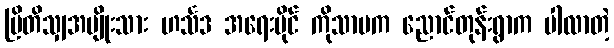
ဗြိတိသျှအမျိုးသား ဟင်္သဒ အရေးပိုင် ကိုသာမက ညောင်တုန်းရွာက ပါလာတဲ့